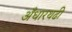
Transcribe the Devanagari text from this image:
अँधारथढी